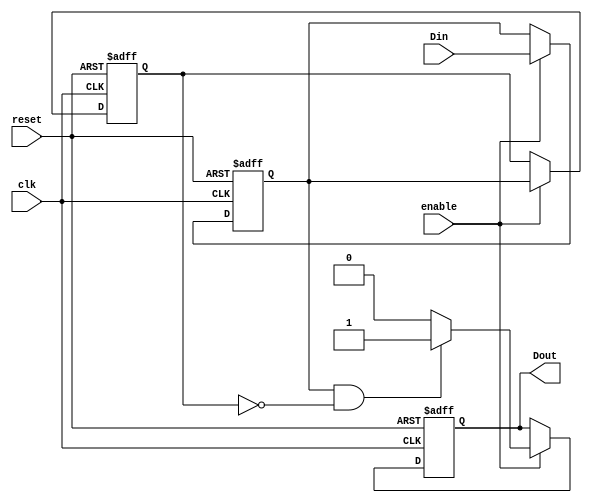
module DualFF_Detector (
    input wire clk,         // Clock signal
    input wire reset,       // Asynchronous reset signal
    input wire enable,      // Enable signal for detection functionality
    input wire Din,         // Input signal to be monitored
    output reg Dout         // Output signal indicating detected pattern
);

    // Internal signals for the flip-flops
    reg FF1, FF2;

    // Asynchronous reset and flip-flop behavior
    always @(posedge clk or posedge reset) begin
        if (reset) begin
            FF1 <= 1'b0;   // Reset FF1 to 0
            FF2 <= 1'b0;   // Reset FF2 to 0
            Dout <= 1'b0;  // Reset output to 0
        end else if (enable) begin
            FF1 <= Din;    // Capture the input signal in FF1
            FF2 <= FF1;    // Capture the state of FF1 in FF2

            // Example pattern detection logic (for a specific pattern)
            // You can modify this part based on the specific pattern you want to detect
            if (FF1 && !FF2) begin  // Example condition for detecting a rising edge
                Dout <= 1'b1;      // Set Dout high if pattern detected
            end else begin
                Dout <= 1'b0;      // Otherwise, set Dout low
            end
        end
    end

endmodule